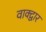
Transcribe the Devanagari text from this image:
वाक्द्वार